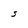
Character: S